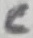
Text: C